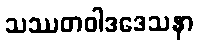
သဿတဝါဒဒေသနာ